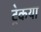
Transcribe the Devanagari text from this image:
ट्रेकया